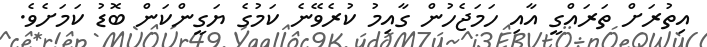
އިތުރަށް ތަރައްގީ އާއިި ހަމަޖެހުން ގާއިމު ކުރެވޭނެ ކަމުގެ ޔަގީންކަން ބޮޑު ކަމަށެވެ.